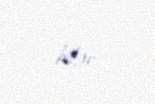
bilər.